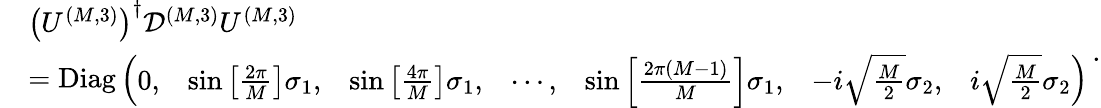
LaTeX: \begin{array}{rl}&{\left(U^{(M,3)}\right)^{\dagger}\mathcal{D}^{(M,3)}U^{(M,3)}}\\ &{=\mathrm{Diag}\left(\begin{array}{lllllll}{0,}&{\sin\left[\frac{2\pi}{M}\right]\sigma_{1},}&{\sin\left[\frac{4\pi}{M}\right]\sigma_{1},}&{\cdots,}&{\sin\left[\frac{2\pi\left(M-1\right)}{M}\right]\sigma_{1},}&{-i\sqrt{\frac{M}{2}}\sigma_{2},}&{i\sqrt{\frac{M}{2}}\sigma_{2}}\end{array}\right)}\end{array}\, .